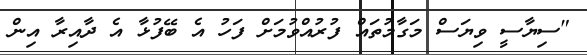
"ސިޔާސީ ވިޔަސް މަގާމުތައް ފުރުއްވުމަށް ފަހު އެ ބޭފުޅާ އެ ދާއިރާ އިން